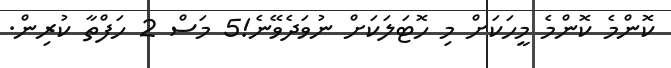
ކޮންމެ ކޮންމެ މީހަކަށް މި ހޮޓަލަކަށް ނުވަދެވޭނެ!5 މަސް 2 ހަފްތާ ކުރިން.